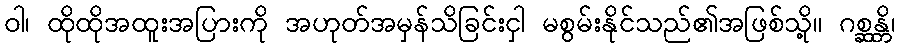
ဝါ၊ ထိုထိုအထူးအပြားကို အဟုတ်အမှန်သိခြင်းငှါ မစွမ်းနိုင်သည်၏အဖြစ်သို့။ ဂစ္ဆန္တိ၊